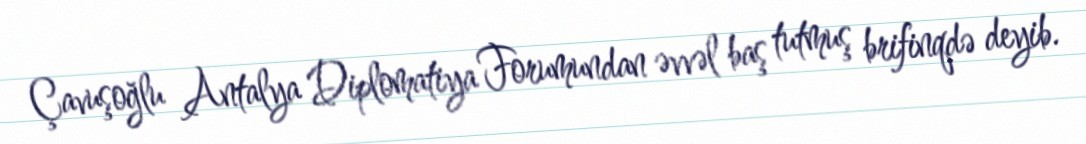
Çavuşoğlu Antalya Diplomatiya Forumundan əvvəl baş tutmuş brifinqdə deyib.